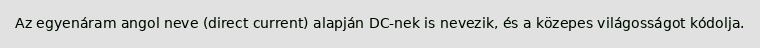
Az egyenáram angol neve (direct current) alapján DC-nek is nevezik, és a közepes világosságot kódolja.